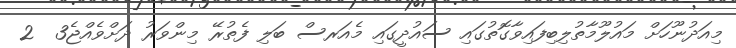
މިއަދުނޫހަށް މައުލޫމާތުލިބިފައިވާގޮތުގައި ސައުދީގައި މެއަރސް ބަލި ފެތުރޭ މިންވަރު ދަށްވެއްޖެ3  2